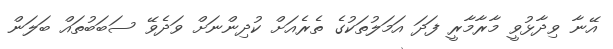
އޭނާ ވިދާޅުވީ މާރާމާރީ ފަދަ އަމަލުތަކުގެ ތެރެއަށް ކުދިންނަށް ވަދެވޭ ސަބަބުތައް ބަލަން